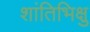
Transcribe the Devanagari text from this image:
शांतिभिक्षु